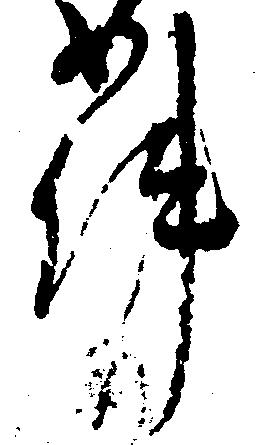
件